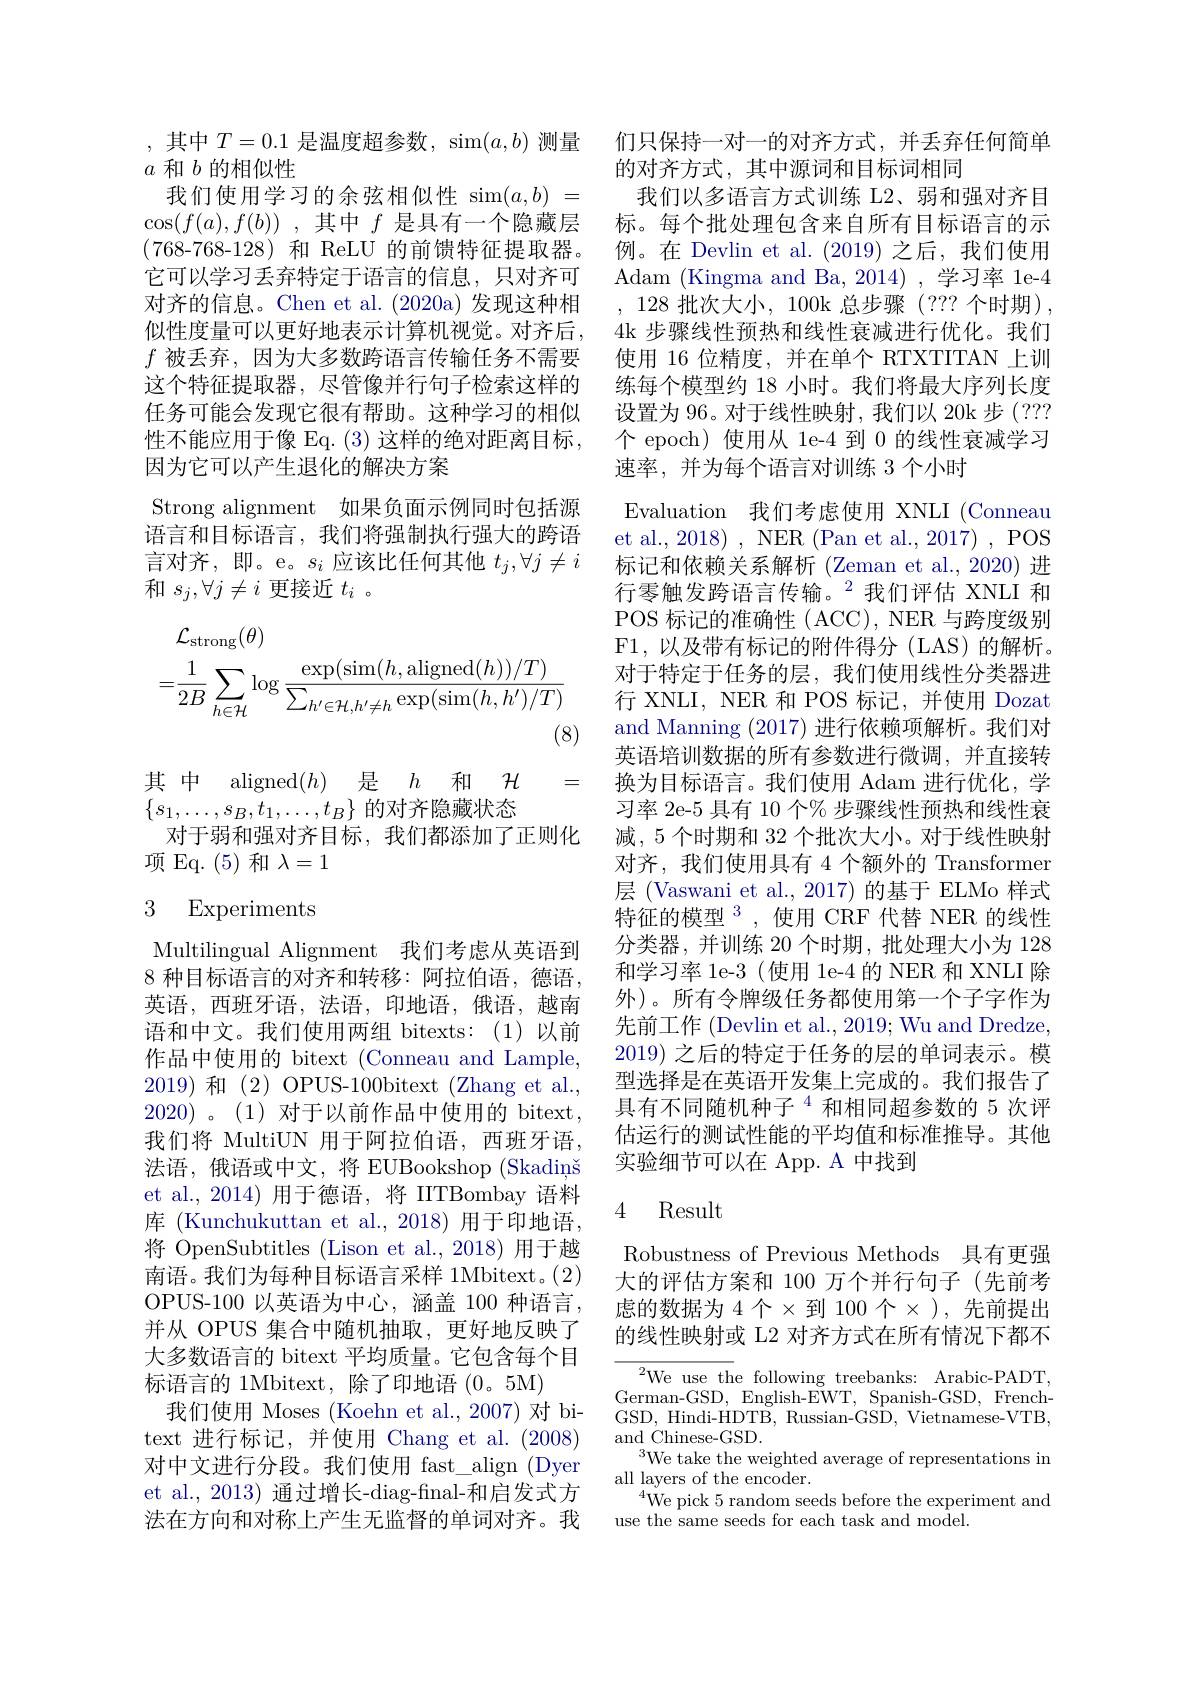
,其中$T=0.1$是温度超参数，sim$(a,b)$测量
$a$和$b$的相似性
我们使用学习的余弦相似性 sim$( a, b)$ = $\cos ( f( a) , f( b) )$ ,其中$f$ 是具有一个隐藏层(768-768-128)和 ReLU 的前馈特征提取器。它可以学习丢弃特定于语言的信息，只对齐可对齐的信息。Chen et al. (2020a)发现这种相似性度量可以更好地表示计算机视觉。对齐后， $f$被丢弃，因为大多数跨语言传输任务不需要这个特征提取器，尽管像并行句子检索这样的任务可能会发现它很有帮助。这种学习的相似性不能应用于像 Eq. (3) 这样的绝对距离目标， 因为它可以产生退化的解决方案
Strong alignment 如果负面示例同时包括源语言和目标语言，我们将强制执行强大的跨语言对齐，即。e。$s_i$应该比任何其他 $t_j,\forall j\neq i$ 和$s_j,\forall j\neq i$更接近$t_i$ 。
$$\begin{aligned}&\mathcal{L}_{\mathrm{strong}}(\theta)\\&=\frac{1}{2B}\sum_{h\in\mathcal{H}}\log\frac{\exp(\sin(h,\mathrm{aligned}(h))/T)}{\sum_{h^{\prime}\in\mathcal{H},h^{\prime}\neq h}\exp(\sin(h,h^{\prime})/T)}\end{aligned}$$
其中 aligned$( h)$ 是 $h$ 和 $\mathcal{H}$ $\{s_1,\ldots,s_B,t_1,\ldots,t_B\}$的对齐隐藏状态

=

对于弱和强对齐目标，我们都添加了正则化
项 Eq. (5)和$\lambda=1$

# 3 Experiments

Multilingual Alignment 我们考虑从英语到8 种目标语言的对齐和转移：阿拉伯语，德语， 英语，西班牙语，法语，印地语，俄语，越南语和中文。我们使用两组 bitexts:(1)以前作品中使用的 bitext (Conneau and Lample, 2019)和 (2) OPUS-100bitext (Zhang et al., 2020)。(1)对于以前作品中使用的bitext， 我们将 MultiUN 用于阿拉伯语，西班牙语， 法语，俄语或中文，将 EUBookshop (Skadinš et al., 2014) 用于德语，将 IITBombay 语料库 (Kunchukuttan et al.,2018) 用于印地语， 将 OpenSubtitles (Lison et al.,2018) 用于越南语。我们为每种目标语言采样 1Mbitext。(2) OPUS-100 以英语为中心，涵盖 100 种语言， 并从 OPUS 集合中随机抽取，更好地反映了大多数语言的 bitext 平均质量。它包含每个目标语言的 1Mbitext, 除了印地语 (0。5M)
我们使用 Moses (Koehn et al.,2007)对 bitext 进行标记，并使用 Chang et al.(2008) 对中文进行分段。我们使用 fast\_align (Dyer et al., 2013) 通过增长-diag-final-和启发式方法在方向和对称上产生无监督的单词对齐。我

们只保持一对一的对齐方式，并丢弃任何简单
的对齐方式，其中源词和目标词相同
我们以多语言方式训练 L2、弱和强对齐目标。每个批处理包含来自所有目标语言的示例。在 Devlin et al.(2019)之后，我们使用, 128 批次大小，100k 总步骤$\left(???\text{个时期}\right)$, 4k 步骤线性预热和线性衰减进行优化。我们使用 16 位精度，并在单个 RTXTITAN 上训练每个模型约 18 小时。我们将最大序列长度设置为 96。对于线性映射，我们以 20k 步 (??? 个 epoch) 使用从 1e-4 到 0 的线性衰减学习速率，并为每个语言对训练 3 个小时
Evaluation 我们考虑使用 XNLI (Conneau et al., 2018) , NER (Pan et al., 2017) , POS 标记和依赖关系解析 (Zeman et al.,2020) 进行零触发跨语言传输。$^2$我们评估 XNLI 和POS 标记的准确性 (ACC), NER 与跨度级别F1,以及带有标记的附件得分(LAS)的解析。对于特定于任务的层，我们使用线性分类器进行 XNLI, NER 和 POS 标记，并使用 Dozat and Manning (2017)进行依赖项解析。我们对英语培训数据的所有参数进行微调，并直接转换为目标语言。我们使用 Adam 进行优化，学习率 2e-5 具有 10 个% 步骤线性预热和线性衰减，5个时期和 32 个批次大小。对于线性映射对齐，我们使用具有 4 个额外的 Transformer 层 (Vaswani et al.,2017)的基于 ELMo 样式特征的模型$^{3}$,使用 CRF 代替 NER 的线性分类器，并训练 20 个时期，批处理大小为 128和学习率 le-3 (使用 1e-4 的 NER 和 XNLI 除外)。所有令牌级任务都使用第一个子字作为先前工作 (Devlin et al., 2019; Wu and Dredze, 2019)之后的特定于任务的层的单词表示。模型选择是在英语开发集上完成的。我们报告了具有不同随机种子$^{4}$和相同超参数的 5 次评估运行的测试性能的平均值和标准推导。其他实验细节可以在 App. A 中找到

### 4 Result

Robustness of Previous Methods 具有更强大的评估方案和 100 万个并行句子(先前考虑的数据为 4 个$\times$到 100 个$\times$ ),先前提出的线性映射或 L2 对齐方式在所有情况下都不

${{}^{2}\mathrm{We~use~th}}$e following treebanks: Arabic-PADT, German-GSD, English-EWT, Spanish-GSD, FrenchGSD, Hindi-HDTB, Russian-GSD, Vietnamese-VTB, and $\overset{\prime}{\operatorname*{Chinese-GSD}}.$
We take the weighted average of representations in
all layers of the encoder.
$^{4}$We pick 5 random seeds before the experiment and
use the same seeds for each task and model.